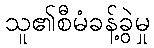
သူ၏စီမံခန့်ခွဲမှု